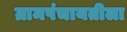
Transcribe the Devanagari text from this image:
ग्रामपंचायतीला